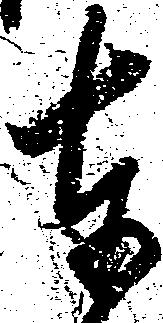
奉